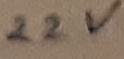
Text: 22V